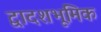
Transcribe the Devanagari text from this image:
द्वादशभूमिक